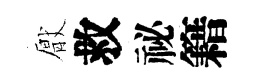
厭救祕籍